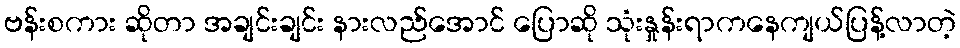
ဗန်းစကား ဆိုတာ အချင်းချင်း နားလည်အောင် ပြောဆို သုံးနှုန်းရာကနေကျယ်ပြန့်လာတဲ့